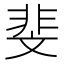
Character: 斐